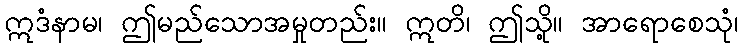
ဣဒံနာမ၊ ဤမည်သောအမှုတည်း။ ဣတိ၊ ဤသို့။ အာရောစေသုံ၊